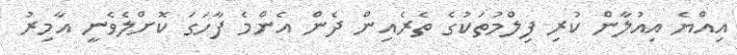
އިއްޔެ އިއުލާން ކުރި ފިލްމުތަކުގެ ތެރެއިން ދެން އެންމެ ފާހަގަ ކޮށްލެވެނީ އާމިރު